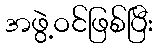
အဖွဲ့ဝင်ဖြစ်ပြီး